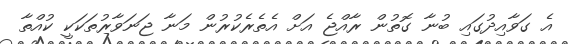
އެ ގަވާއިދުގައި ބުނާ ގޮތުން ރާއްޖެ އަށް އެތެރެކުރުން މަނާ ޖަނަވާރުތަކަކީ ކުއްތާ